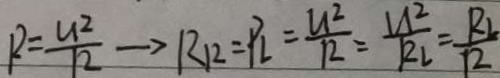
R = \frac { U ^ { 2 } } { 1 2 } \rightarrow R _ { 1 2 } = P _ { L } = \frac { U ^ { 2 } } { R } = \frac { U ^ { 2 } } { R _ { L } } = \frac { R _ { L } } { 1 2 }